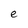
Character: e